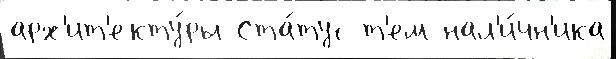
арх'ит'екту́ры Ста́тус т'ем нал'и́чн'ика